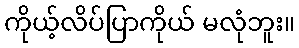
ကိုယ့်လိပ်ပြာကိုယ် မလုံဘူး။